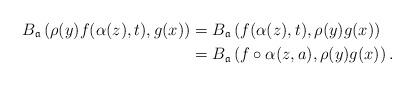
LaTeX: \begin{align*}B_{\mathfrak a}\left( \rho(y)f( \alpha(z),t ),g(x)\right)&=B_{\mathfrak a}\left( f( \alpha(z),t ),\rho(y)g(x)\right) \\&=B_{\mathfrak a}\left( f\circ \alpha( z,a ),\rho(y)g(x)\right).\end{align*}